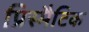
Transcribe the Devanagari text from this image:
प्रिस्मैटिक